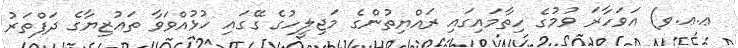
ޢ.ޢ.ވ) އަވަހާރަ ވުމުގެ ހިތާމައިގައި ރައްޔިތުންގެ މަޖިލީހުގެ ގޭގައި ހުޅުއްވަވާ ތަޢުޒިޔާގެ ދަފްތަރު